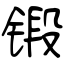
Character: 锻